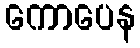
ကောပေန